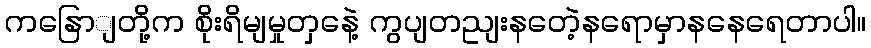
ကနြောျတို့က စိုးရိမျမှုတှနေဲ့ ကွပျတညျးနတေဲ့နရောမှာနနေရေတာပါ။